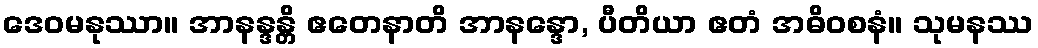
ဒေဝမနုဿာ။ အာနန္ဒန္တိ ဧတေနာတိ အာနန္ဒော, ပီတိယာ ဧတံ အဓိဝစနံ။ သုမနဿ